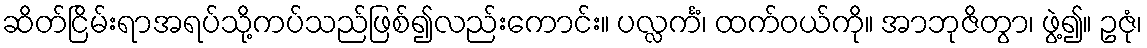
ဆိတ်ငြိမ်းရာအရပ်သို့ကပ်သည်ဖြစ်၍လည်းကောင်း။ ပလ္လင်္ကံ၊ ထက်ဝယ်ကို။ အာဘုဇိတွာ၊ ဖွဲ့၍။ ဥဇုံ၊